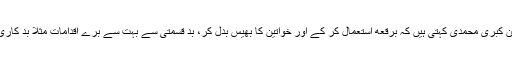
’ پردے کے پیچھے سورج ‘مہم کی ایک رکن کبریٰ محمدی کہتی ہیں کہ برقعه استعمال کر کے اور خواتین کا بھیس بدل کر، بد قسمتی سے بہت سے برے اقدامات مثلاً بد کاری، لوٹ مار اور خودکش حملے ہو رہے ہیں ۔